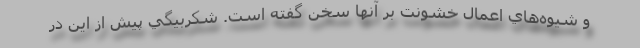
و شيوه‌هاي اعمال خشونت بر آنها سخن گفته است. شكربيگي پيش از اين در